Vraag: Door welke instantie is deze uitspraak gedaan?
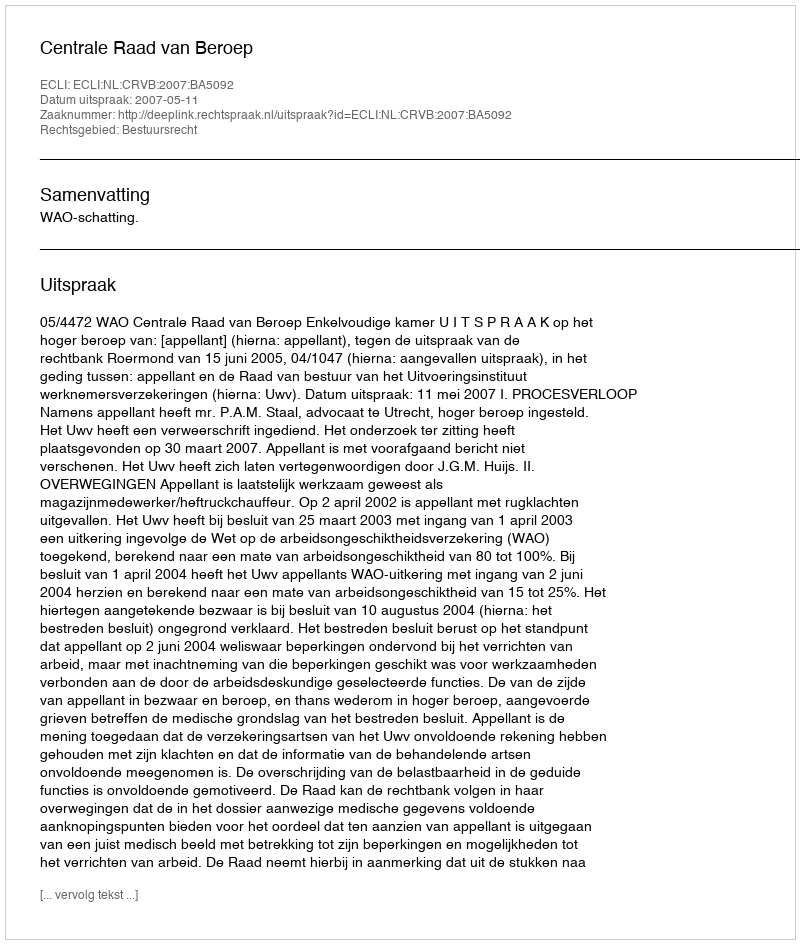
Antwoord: Centrale Raad van Beroep